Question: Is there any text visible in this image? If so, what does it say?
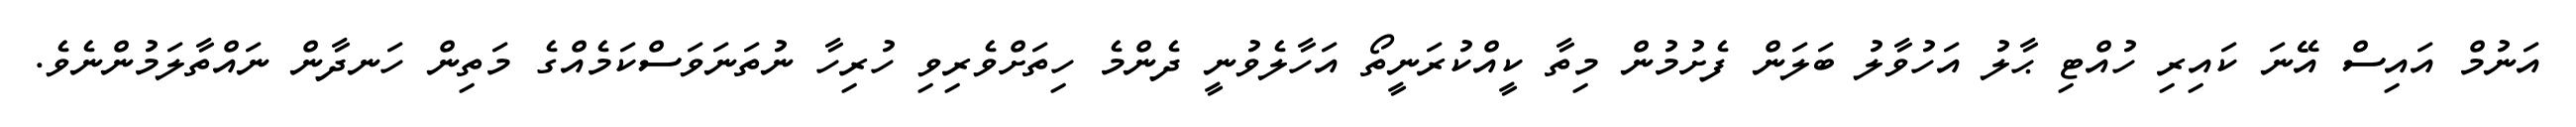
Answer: އަނުމް އައިސް އޭނަ ކައިރި ހުއްޓި ޙާލު އަހުވާލު ބަލަން ފެށުމުން މިތާ ކީއްކުރަނީތޯ އަހާލެވުނީ ދެންމެ ހިތަށްވެރިވި ހުރިހާ ނުތަނަވަސްކަމެއްގެ މަތިން ހަނދާން ނައްތާލަމުންނެވެ.